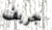
جريف